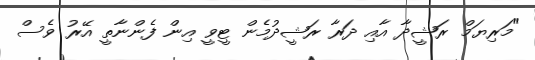
"މަރިޔަމް ރަޝީދާ އާއި ދަރާ ރަޝީދުމެން ޓީވީ އިން ފެންނާތީ އޭރު ވެސް